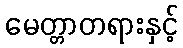
မေတ္တာတရားနှင့်